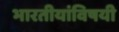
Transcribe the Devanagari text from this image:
भारतीयांविषयी